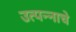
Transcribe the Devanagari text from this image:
उत्‍पन्‍नाचे